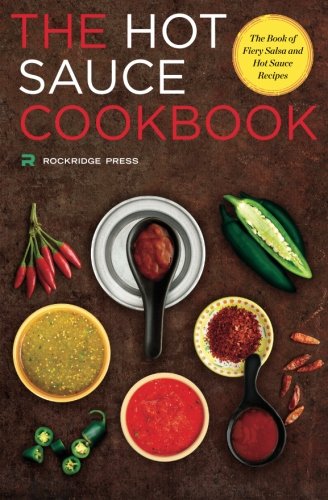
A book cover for Hot Sauce Cookbook: The Book of Fiery Salsa and Hot Sauce Recipes; Rockridge Press; Cookbooks, Food & Wine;